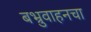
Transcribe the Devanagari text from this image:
बभ्रुवाहनचा